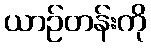
ယာဉ်တန်းကို